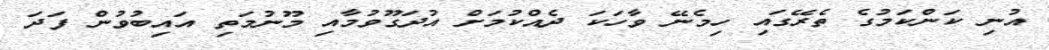
އުނި ކަންކަމުގެ ތެރޭގައި ހިމެނޭ ވާހަކަ ދެއްކުމަށް އުދަގޫވުމާއި މޫނުމަތި އައިބުވުން ފަދަ